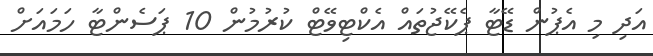
އަދި މި އެޕުން ޑޭޓާ ޕެކޭޖުތައް އެކްޓިވޭޓް ކުރުމުން 10 ޕަސެންޓާ ހަމައަށް